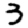
Digit: 3